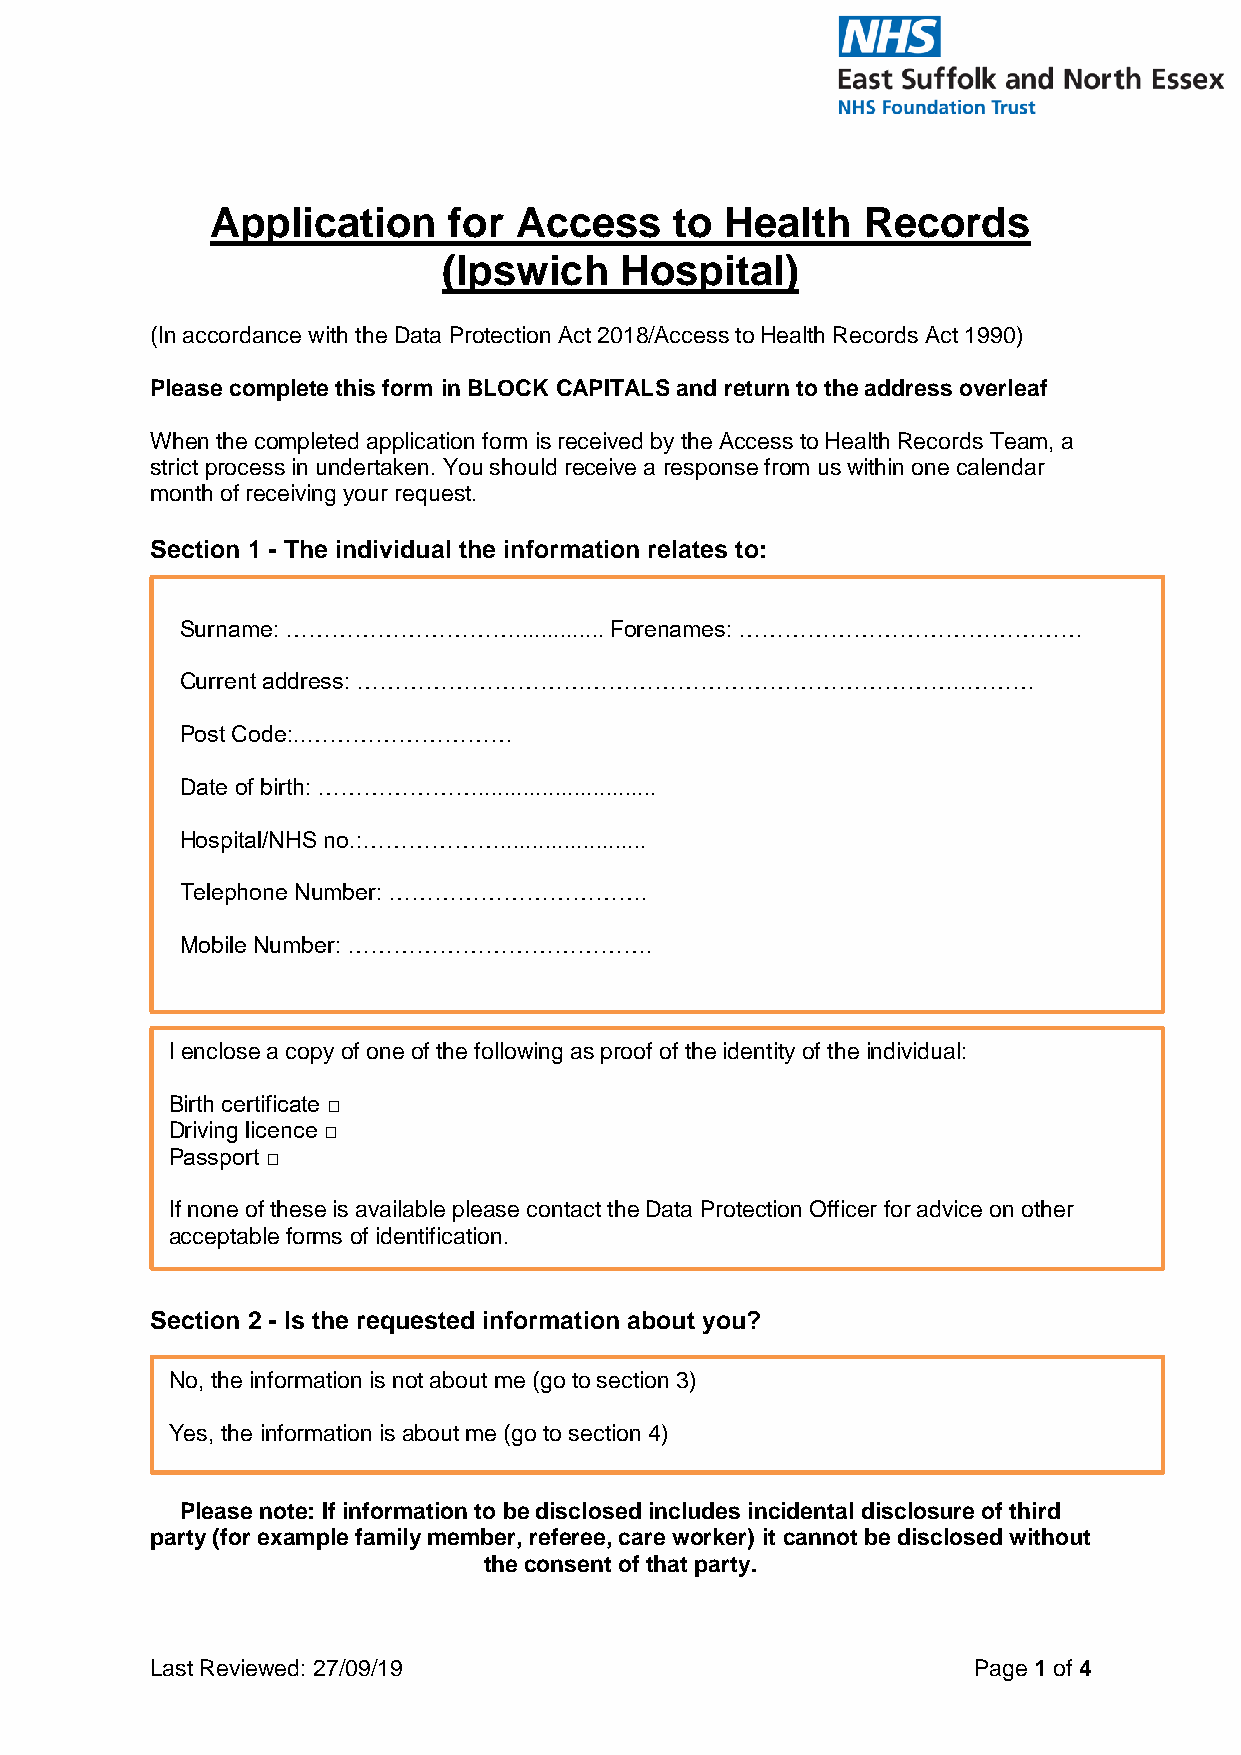
Application     for Access     to Health   Records
 (Ipswich    Hospital)
 (In accordance with the Data Protection Act 2018/Access to Health Records Act 1990)
 Please complete this form in BLOCK CAPITALS and return to the address overleaf
 When the completed application form is received by the Access to Health Records Team, a
 strict process in undertaken. You should receive a response from us within one calendar
 month of receiving your request.
 Section 1 - The individual the information relates to:
 Surname: ………………………….............. Forenames: ………………………………………
 Sur name: ………………………….............. Forenames: ………………………………………
 Current address: ……………………………………………………………………..………
 Cur rent address: ……………………………………………………………………..………………
 Post Code:..………………………
 …… …………………………………......…… Post Code: ..………………………
 Date of birth: …………………............................
 Dat e of birth: …………………............................
 Hospital/NHS no.:……………….......................
 Hos pital/NHS no.: ……………….......................
 Telephone Number: …………………………….
 Tele phone Number: …………………………….
 Mobile Number: ………………………………….
 Mobile Number: ………………………………….
 I enclose a copy of one of the following as proof of the identity of the individual:
 Birth certificate □
 Driving licence □
 Passport □
 If none of these is available please contact the Data Protection Officer for advice on other
 acceptable forms of identification.
 Section 2 - Is the requested information about you?
 No, the information is not about me (go to section 3)
 Yes, the information is about me (go to section 4)
 Please note: If information to be disclosed includes incidental disclosure of third
 party (for example family member, referee, care worker) it cannot be disclosed without
 the consent of that party.
 Last Reviewed: 27/09/19                               Page 1 of 4